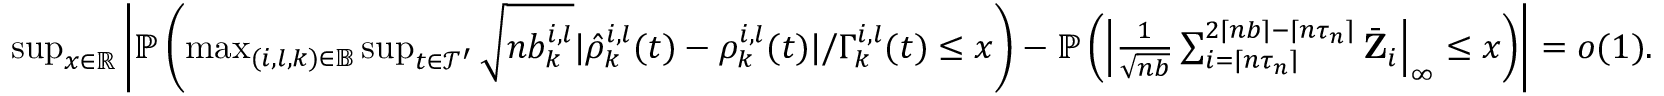
\begin{array} { r } { \operatorname* { s u p } _ { x \in \mathbb { R } } \left| \mathbb { P } \left( \operatorname* { m a x } _ { ( i , l , k ) \in \mathbb { B } } \operatorname* { s u p } _ { t \in \mathcal { T } ^ { \prime } } \sqrt { n b _ { k } ^ { i , l } } | \hat { \rho } _ { k } ^ { i , l } ( t ) - \rho _ { k } ^ { i , l } ( t ) | / \Gamma _ { k } ^ { i , l } ( t ) \leq x \right) - \mathbb { P } \left( \left| \frac { 1 } { \sqrt { n b } } \sum _ { i = \lceil n \tau _ { n } \rceil } ^ { 2 \lceil n b \rceil - \lceil n \tau _ { n } \rceil } \bar { \mathbf Z } _ { i } \right| _ { \infty } \leq x \right) \right| = o ( 1 ) . } \end{array}